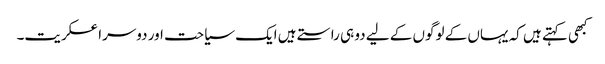
کبھی کہتے ہیں کہ یہاں کے لوگوں کے لیے دو ہی راستے ہیں ایک سیاحت اور دوسرا عسکریت۔